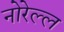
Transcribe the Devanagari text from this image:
नोरेल्ल